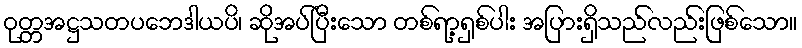
ဝုတ္တအဋ္ဌသတပဘေဒါယပိ၊ ဆိုအပ်ပြီးသော တစ်ရာ့ရှစ်ပါး အပြားရှိသည်လည်းဖြစ်သော။